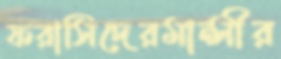
ফরাসিদেরমান্সীর